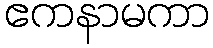
ဧကနာမကာ